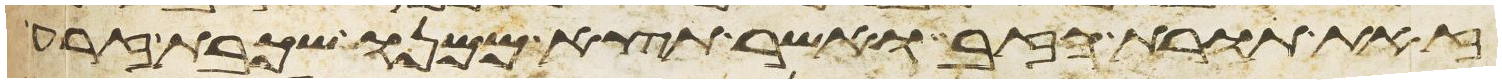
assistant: זאת תורת הזב ואשר תצא ממנו שכבת זרע